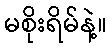
မစိုးရိမ်နဲ့။